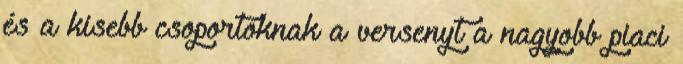
és a kisebb csoportoknak a versenyt a nagyobb piaci